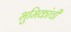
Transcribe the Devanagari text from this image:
भुमिकांची